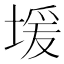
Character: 𫮊